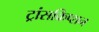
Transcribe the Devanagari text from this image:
ट्रांसक्रिप्‍शन